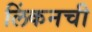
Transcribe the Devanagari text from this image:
लिंकनची